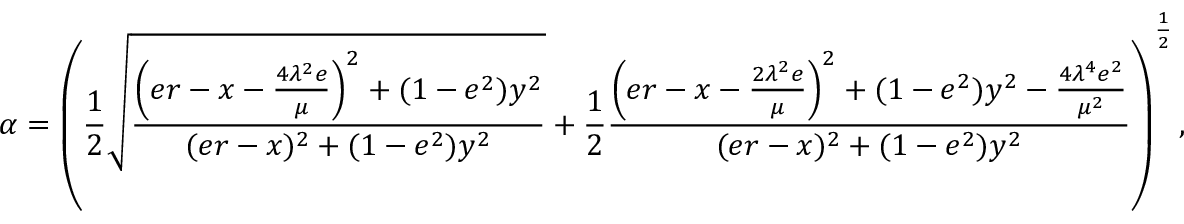
\alpha = \left( \frac { 1 } { 2 } \sqrt { \frac { \left( e r - x - \frac { 4 \lambda ^ { 2 } e } { \mu } \right) ^ { 2 } + ( 1 - e ^ { 2 } ) y ^ { 2 } } { ( e r - x ) ^ { 2 } + ( 1 - e ^ { 2 } ) y ^ { 2 } } } + \frac { 1 } { 2 } \frac { \left( e r - x - \frac { 2 \lambda ^ { 2 } e } { \mu } \right) ^ { 2 } + ( 1 - e ^ { 2 } ) y ^ { 2 } - \frac { 4 \lambda ^ { 4 } e ^ { 2 } } { \mu ^ { 2 } } } { ( e r - x ) ^ { 2 } + ( 1 - e ^ { 2 } ) y ^ { 2 } } \right) ^ { \frac { 1 } { 2 } } ,